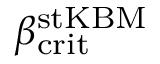
\beta _ { \mathrm { c r i t } } ^ { \mathrm { s t K B M } }